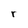
Character: r